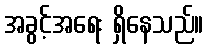
အခွင့်အရေး ရှိနေသည်။